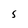
Character: S